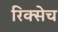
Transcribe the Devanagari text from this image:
रिक्सेच